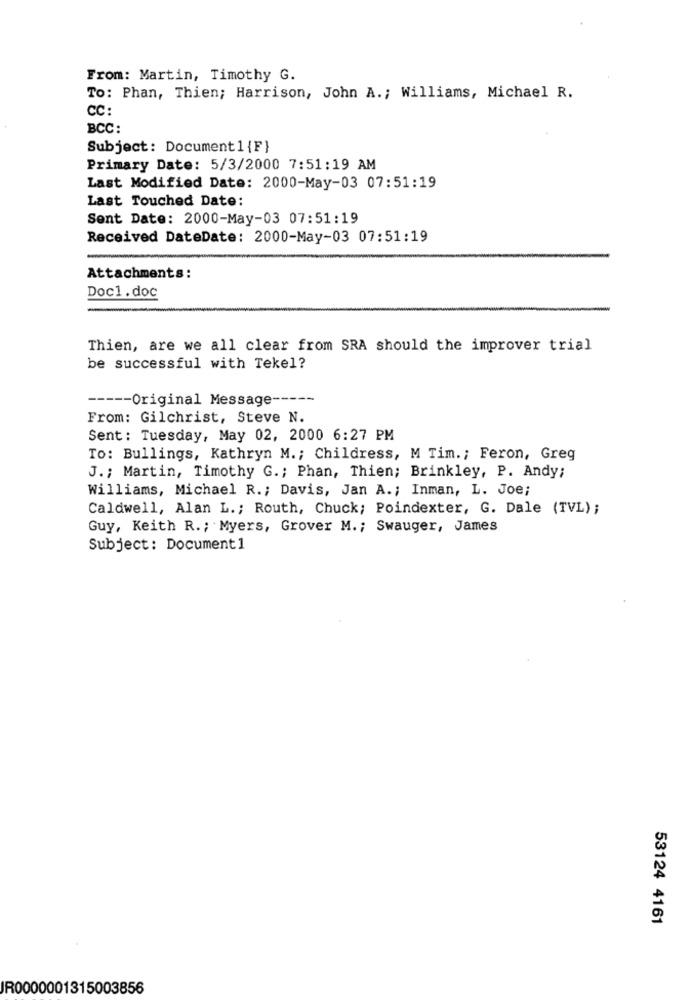
From: Martin, Timothy G.
To: Phan, Thien; Harrison, John A .; Williams, Michael R.
CC:
BCC:
Subject: Document1{F}
Primary Date: 5/3/2000 7:51:19 AM
Last Modified Date: 2000-May-03 07:51:19
Last Touched Date:
Sent Date: 2000-May-03 07:51:19
Received DateDate: 2000-May-03 07:51:19
Attachments:
Doc1. doc
Thien, are we all clear from SRA should the improver trial
be successful with Tekel?
----- Original Message ---
From: Gilchrist, Steve N.
Sent: Tuesday, May 02, 2000 6:27 PM
To: Bullings, Kathryn M .; Childress, M Tim .; Feron, Greg
J .; Martin, Timothy G .; Phan, Thien; Brinkley, P. Andy;
Williams, Michael R .; Davis, Jan A .; Inman, L. Joe;
Caldwell, Alan L .; Routh, Chuck; Poindexter, G. Dale (TVL);
Guy, Keith R .; Myers, Grover M .; Swauger, James
Subject: Document1
53124 4161
JR0000001315003856